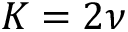
K = 2 \nu